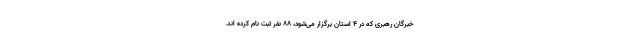
خبرگان رهبری که در ۴ استان برگزار می‌شود، ۸۸ نفر ثبت نام کرده اند.